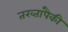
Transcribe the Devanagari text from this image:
तख्तांपैकी